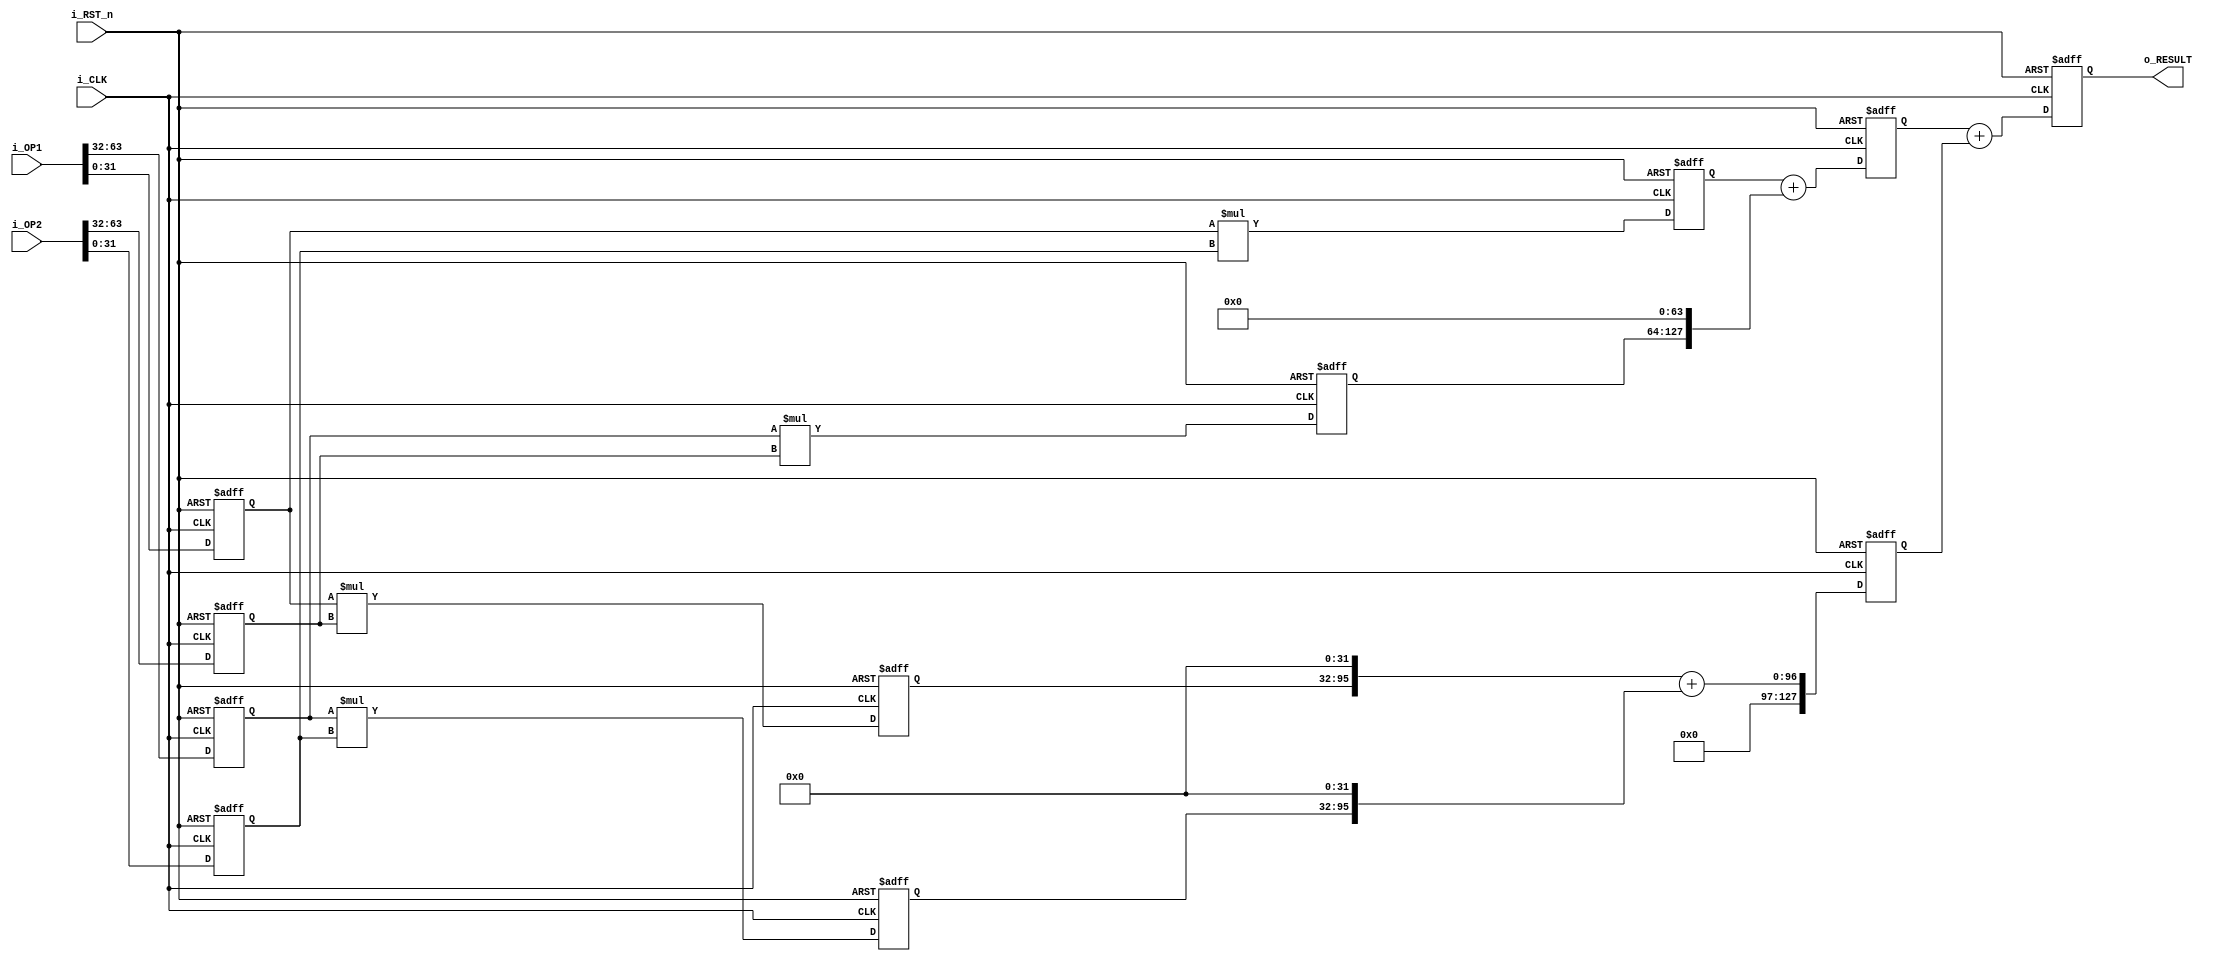
module mult_pipe_64(i_CLK, i_RST_n, i_OP1, i_OP2, o_RESULT);

input           i_CLK;
input           i_RST_n;
input   [63:0]  i_OP1;
input   [63:0]  i_OP2;
output  [127:0] o_RESULT;
       

wire [31:0] a = i_OP1[63:32];
wire [31:0] b = i_OP1[31:0];
wire [31:0] c = i_OP2[63:32];
wire [31:0] d = i_OP2[31:0];

reg  [31:0] a_r;  
reg  [31:0] b_r; 
reg  [31:0] c_r; 
reg  [31:0] d_r; 

reg  [63:0] ac_r;
reg  [63:0] bd_r;
reg  [63:0] bc_r;
reg  [63:0] ad_r;


reg  [127:0] ac_plus_bd_r;
reg  [127:0] bc_plus_ad_r;

reg  [127:0] result_r;


always @(posedge i_CLK, negedge i_RST_n)
    if (~i_RST_n) begin
        a_r <= 32'd0;
        b_r <= 32'd0;
        c_r <= 32'd0;
        d_r <= 32'd0;
    end else begin
        a_r <= a;
        b_r <= b;
        c_r <= c;
        d_r <= d;
    end

always @(posedge i_CLK, negedge i_RST_n)
    if (~i_RST_n) begin
        bd_r <= 64'd0;
        bc_r <= 64'd0;
        ad_r <= 64'd0;
        ac_r <= 64'd0;
    end else begin
        bd_r <= b_r * d_r;
        bc_r <= b_r * c_r;
        ad_r <= a_r * d_r;
        ac_r <= a_r * c_r;
    end

always @(posedge i_CLK, negedge i_RST_n)
    if (~i_RST_n) begin
        ac_plus_bd_r <= 128'd0;
        bc_plus_ad_r <= 128'd0;
    end else begin
        ac_plus_bd_r <= bd_r + (ac_r << 64);
        bc_plus_ad_r <= (bc_r << 32) + (ad_r << 32);
    end

always @(posedge i_CLK, negedge i_RST_n)
    if (~i_RST_n) begin
        result_r <= 128'd0;
    end else begin
        result_r <= ac_plus_bd_r + bc_plus_ad_r;
    end

assign o_RESULT = result_r;

endmodule